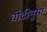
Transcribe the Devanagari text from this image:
चोटीनुमा